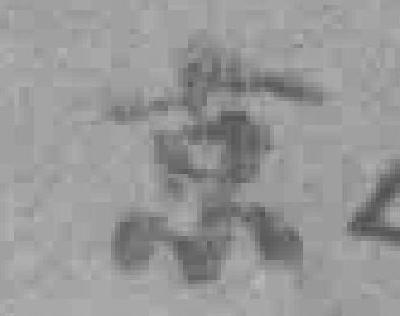
京